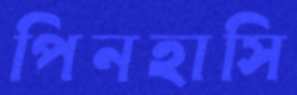
পিনহাসি